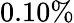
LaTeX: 0.10\%